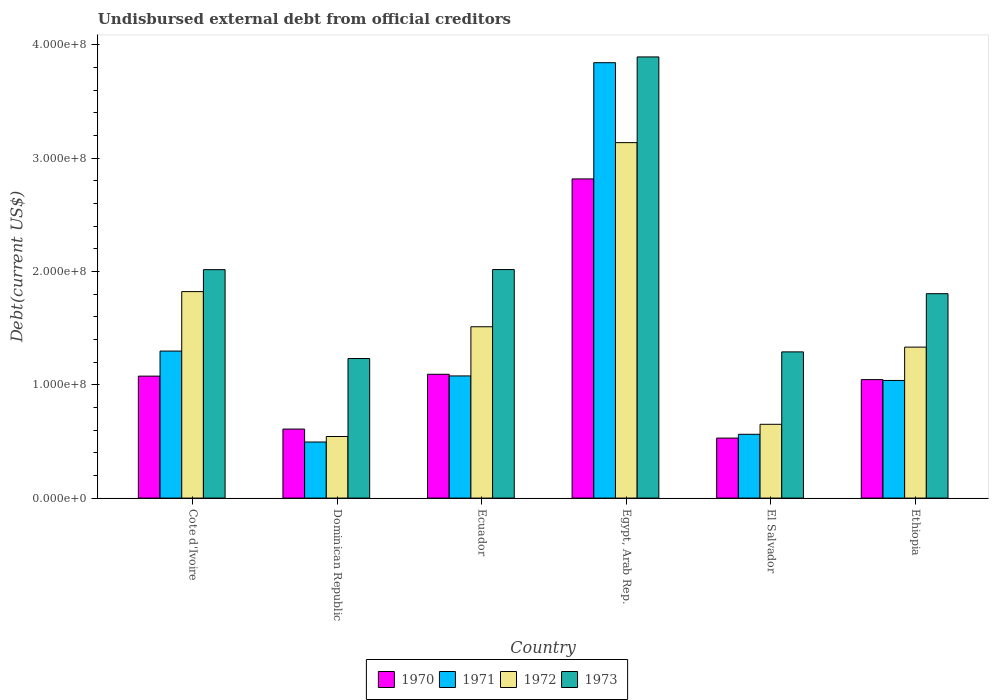
| Country | 1970 | 1971 | 1972 | 1973 |
 | --- | --- | --- | --- | --- |
 | Cote d'Ivoire | 1.08e+08 | 1.3e+08 | 1.82e+08 | 2.02e+08 |
 | Dominican Republic | 6.09e+07 | 4.95e+07 | 5.44e+07 | 1.23e+08 |
 | Ecuador | 1.09e+08 | 1.08e+08 | 1.51e+08 | 2.02e+08 |
 | Egypt, Arab Rep. | 2.82e+08 | 3.84e+08 | 3.14e+08 | 3.89e+08 |
 | El Salvador | 5.3e+07 | 5.63e+07 | 6.51e+07 | 1.29e+08 |
 | Ethiopia | 1.05e+08 | 1.04e+08 | 1.33e+08 | 1.8e+08 |